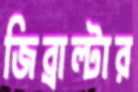
জিব্রাল্টার